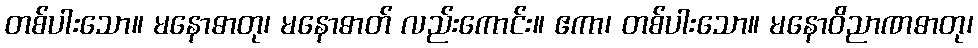
တစ်ပါးသော။ မနောဓာတု၊ မနောဓာတ် လည်းကောင်း။ ဧကာ၊ တစ်ပါးသော။ မနောဝိညာဏဓာတု၊